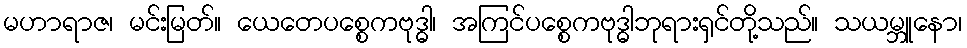
မဟာရာဇ၊ မင်းမြတ်။ ယေတေပစ္စေကဗုဒ္ဓါ၊ အကြင်ပစ္စေကဗုဒ္ဓါဘုရားရှင်တို့သည်။ သယမ္ဘူနော၊